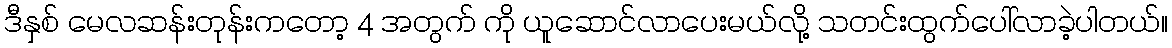
ဒီနှစ် မေလဆန်းတုန်းကတော့ 4 အတွက် ကို ယူဆောင်လာပေးမယ်လို့ သတင်းထွက်ပေါ်လာခဲ့ပါတယ်။